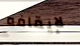
لإيقافه